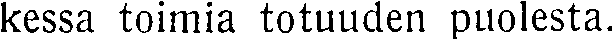
kessa toimia totuuden puolesta.